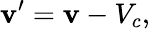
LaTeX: \mathbf{v}^{\prime}=\mathbf{v}-V_{c},